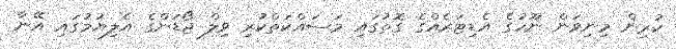
ކުރިން މިނިވަން ނޫހުގެ އެޑިޓަރެއްގެ ގޮތުގައި މަސައްކަތްކުރި ވިލް ޖޯޑަންގެ އެލިޔުމުގައި އޭނާ